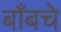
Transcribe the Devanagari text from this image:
बाँबचे